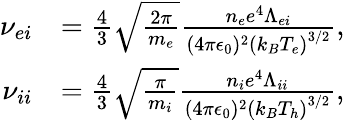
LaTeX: \begin{array}{rl}{\nu_{ei}}&{=\frac{4}{3}\sqrt{\frac{2\pi}{m_{e}}}\frac{n_{e}e^{4}\Lambda_{ei}}{(4\pi\epsilon_{0})^{2}\left(k_{B}T_{e}\right)^{3/2}},}\\ {\nu_{ii}}&{=\frac{4}{3}\sqrt{\frac{\pi}{m_{i}}}\frac{n_{i}e^{4}\Lambda_{ii}}{(4\pi\epsilon_{0})^{2}\left(k_{B}T_{h}\right)^{3/2}},}\end{array}